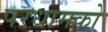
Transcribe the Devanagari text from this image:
परधामको